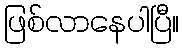
ဖြစ်လာနေပါပြီ။